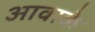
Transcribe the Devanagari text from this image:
आवाके